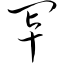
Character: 罩